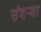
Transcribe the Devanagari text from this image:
उंदर्‍या